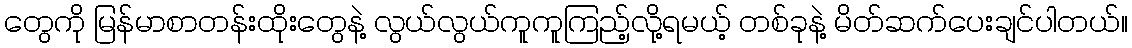
တွေကို မြန်မာစာတန်းထိုးတွေနဲ့ လွယ်လွယ်ကူကူကြည့်လို့ရမယ့် တစ်ခုနဲ့ မိတ်ဆက်ပေးချင်ပါတယ်။